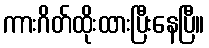
ကားဂိတ်ထိုးထားပြီးနေပြီ။